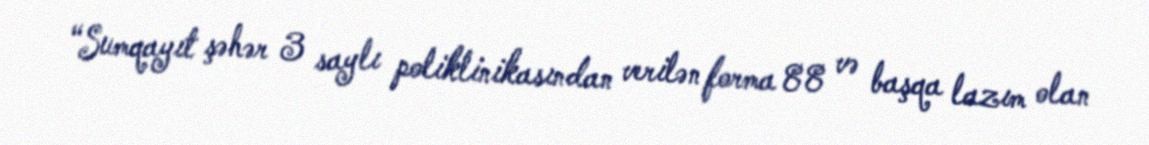
“Sumqayıt şəhər 3 saylı poliklinikasından verilən forma 88 və başqa lazım olan